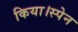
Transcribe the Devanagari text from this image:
किया।स्पेन